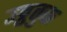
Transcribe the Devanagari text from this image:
उट्ठतुक